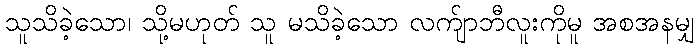
သူသိခဲ့သော၊ သို့မဟုတ် သူ မသိခဲ့သော လက်ျာဘီလူးကိုမူ အစအနမျှ